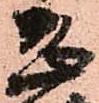
恐